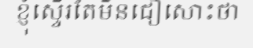
ខ្ញុំស្ទើរតែមិនជឿសោះថា